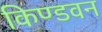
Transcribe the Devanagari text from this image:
किण्डवन